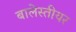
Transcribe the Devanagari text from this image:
बालेस्तीयर